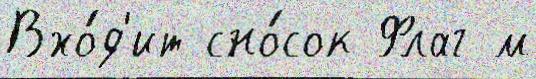
Вхо́д'ит сно́сок Флаг м